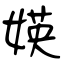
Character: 媖